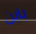
بابن